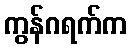
ကွန်ဂရက်က